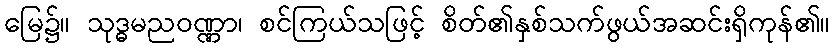
မြေ၌။ သုဒ္ဓမညဝဏ္ဏာ၊ စင်ကြယ်သဖြင့် စိတ်၏နှစ်သက်ဖွယ်အဆင်းရှိကုန်၏။